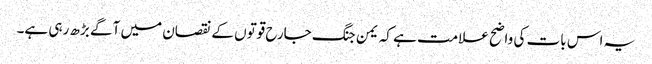
یہ اس بات کی واضح علامت ہے کہ یمن جنگ جارح قوتوں کے نقصان میں آگے بڑھ رہی ہے۔